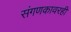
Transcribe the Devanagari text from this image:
संगणकावरही